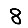
Digit: 8